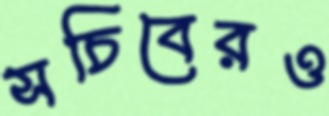
সচিবেরও